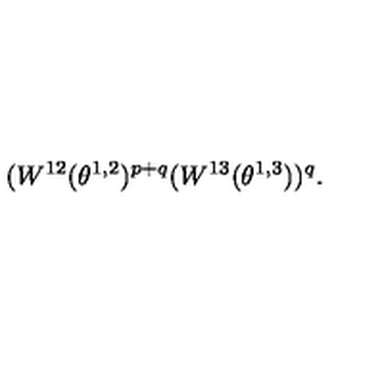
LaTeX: ( W ^ { 1 2 } ( \theta ^ { 1 , 2 } ) ^ { p + q } ( W ^ { 1 3 } ( \theta ^ { 1 , 3 } ) ) ^ { q } .